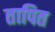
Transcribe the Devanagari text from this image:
तापित